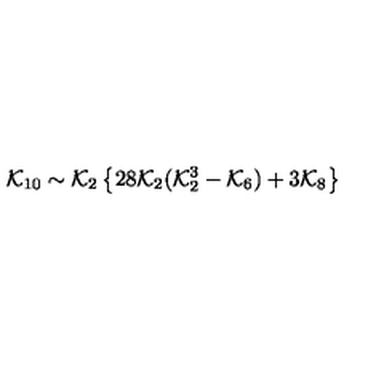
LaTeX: { \cal K } _ { 1 0 } \sim { \cal K } _ { 2 } \left\{ 2 8 { \cal K } _ { 2 } ( { \cal K } _ { 2 } ^ { 3 } - { \cal K } _ { 6 } ) + 3 { \cal K } _ { 8 } \right\}